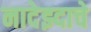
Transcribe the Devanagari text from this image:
नादेझ्दाचे